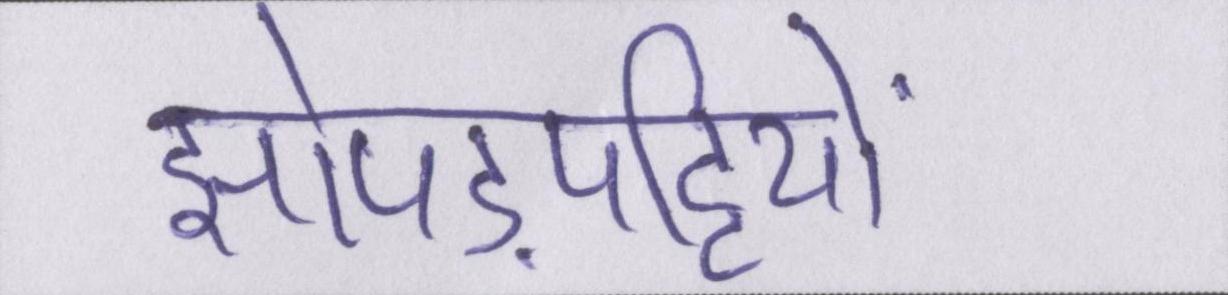
झोपड़पट्टियों